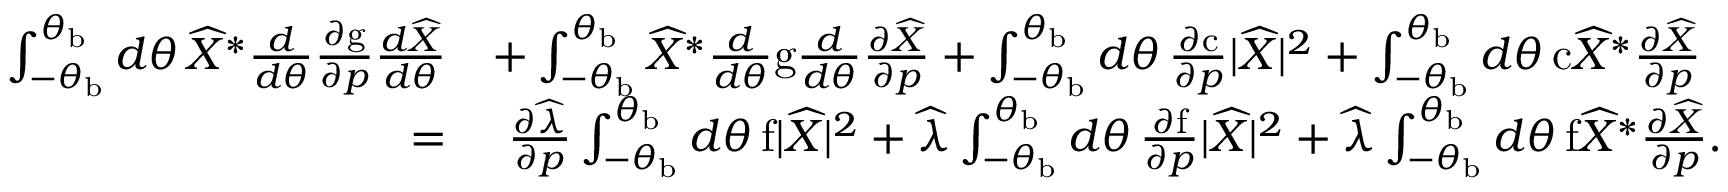
\begin{array} { r l } { \int _ { - \theta _ { \mathrm { b } } } ^ { \theta _ { \mathrm { b } } } d \theta \, \widehat { X } ^ { * } \frac { d } { d \theta } \frac { \partial \mathrm { g } } { \partial \boldsymbol { p } } \frac { d \widehat { X } } { d \theta } } & { + \int _ { - \theta _ { \mathrm { b } } } ^ { \theta _ { \mathrm { b } } } \widehat { X } ^ { * } \frac { d } { d \theta } \mathrm { g } \frac { d } { d \theta } \frac { \partial \widehat { X } } { \partial \boldsymbol { p } } + \int _ { - \theta _ { \mathrm { b } } } ^ { \theta _ { \mathrm { b } } } d \theta \, \frac { \partial \mathrm { c } } { \partial \boldsymbol { p } } \lvert \widehat { X } \rvert ^ { 2 } + \int _ { - \theta _ { \mathrm { b } } } ^ { \theta _ { \mathrm { b } } } d \theta \, \mathrm { c } \widehat { X } ^ { * } \frac { \partial \widehat { X } } { \partial \boldsymbol { p } } } \\ { = } & { \ \frac { \partial \widehat { \lambda } } { \partial \boldsymbol { p } } \int _ { - \theta _ { \mathrm { b } } } ^ { \theta _ { \mathrm { b } } } d \theta \, \mathrm { f } \lvert \widehat { X } \rvert ^ { 2 } + \widehat { \lambda } \int _ { - \theta _ { \mathrm { b } } } ^ { \theta _ { \mathrm { b } } } d \theta \, \frac { \partial \mathrm { f } } { \partial \boldsymbol { p } } \lvert \widehat { X } \rvert ^ { 2 } + \widehat { \lambda } \int _ { - \theta _ { \mathrm { b } } } ^ { \theta _ { \mathrm { b } } } d \theta \, \mathrm { f } \widehat { X } ^ { * } \frac { \partial \widehat { X } } { \partial \boldsymbol { p } } . } \end{array}